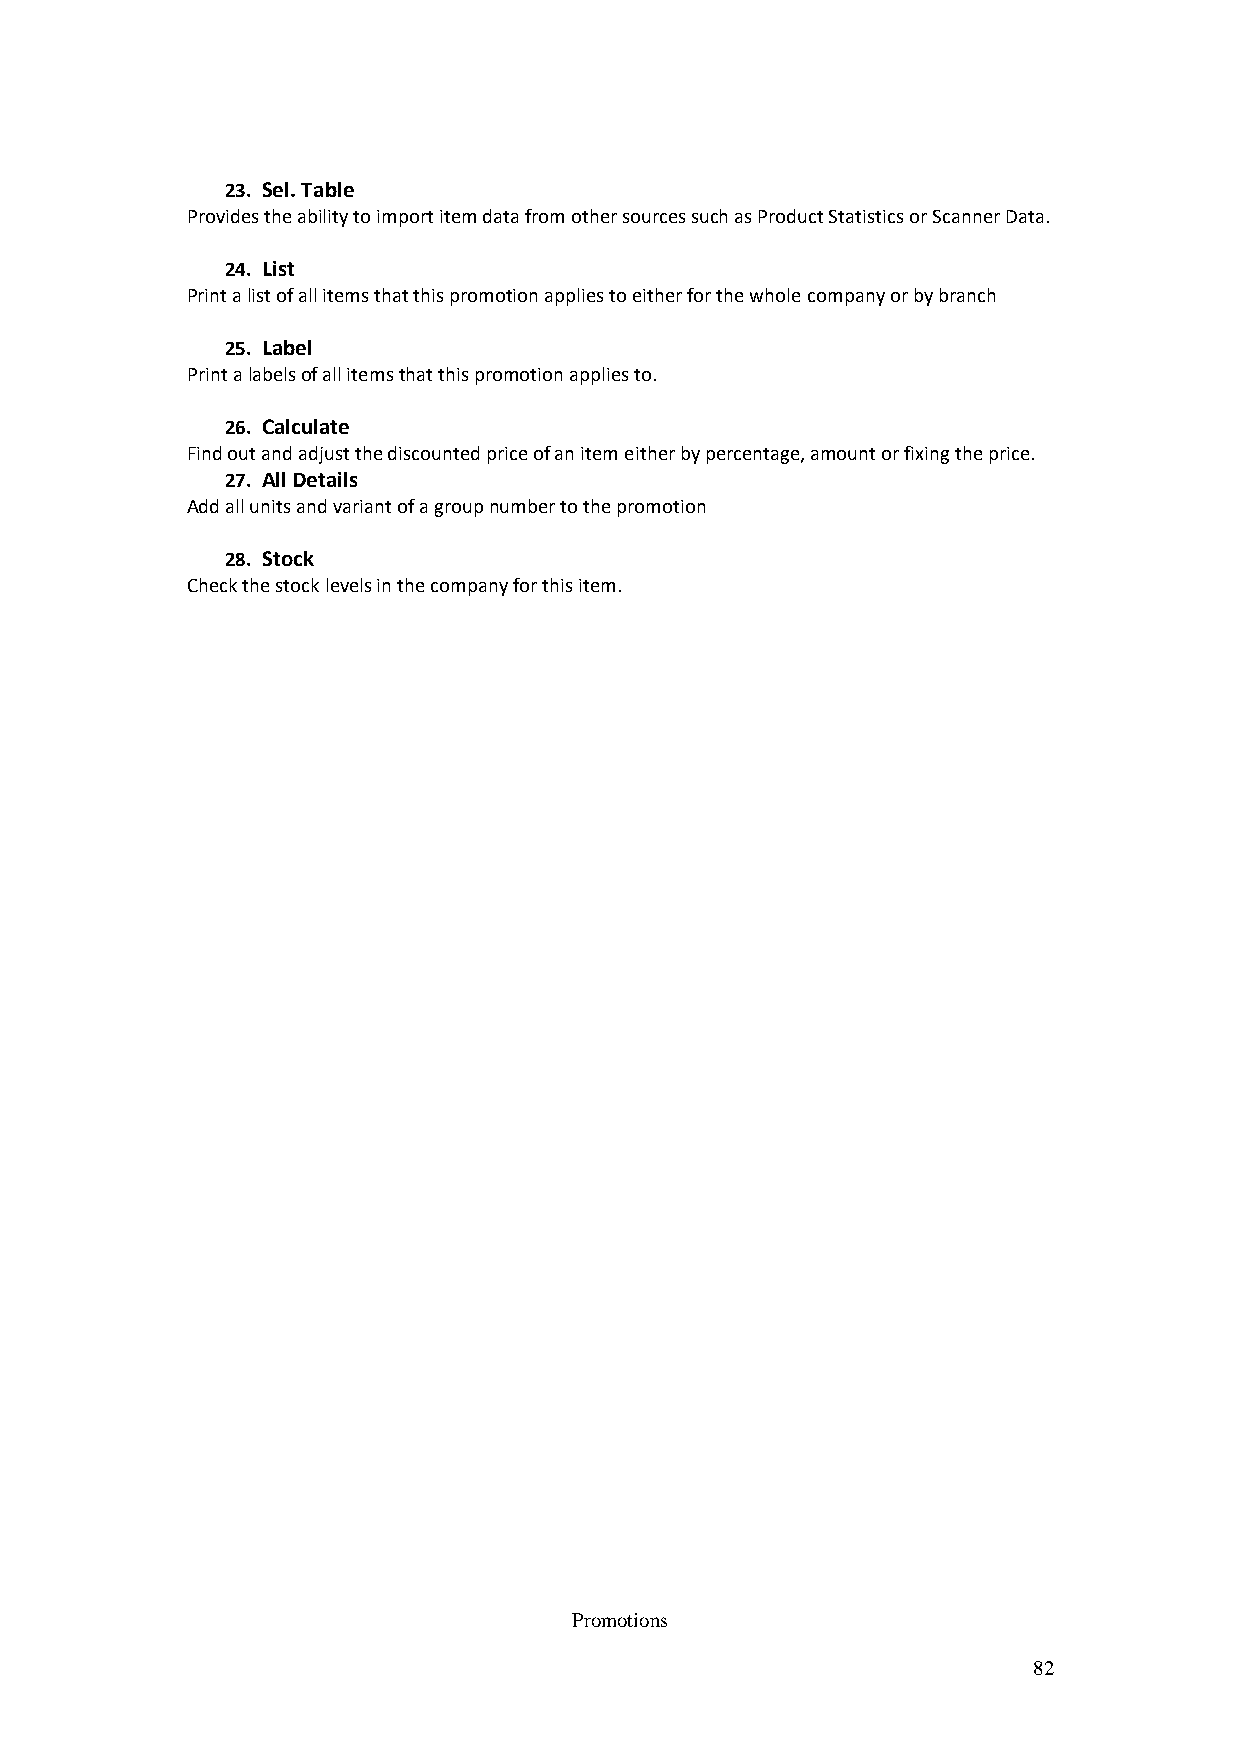
23. Sel. Table
 Provides the ability to import item data from other sources such as Product Statistics or Scanner Data.
 24. List
 Print a list of all items that this promotion applies to either for the whole company or by branch
 25. Label
 Print a labels of all items that this promotion applies to.
 26. Calculate
 Find out and adjust the discounted price of an item either by percentage, amount or fixing the price.
 27. All Details
 Add all units and variant of a group number to the promotion
 28. Stock
 Check the stock levels in the company for this item.
 Promotions
 82